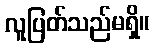
လူပြတ်သည်မရှိ။